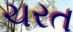
ચરત